Leaving Certificate Examination (including Day School Certificate (Higher) General paper), 1931
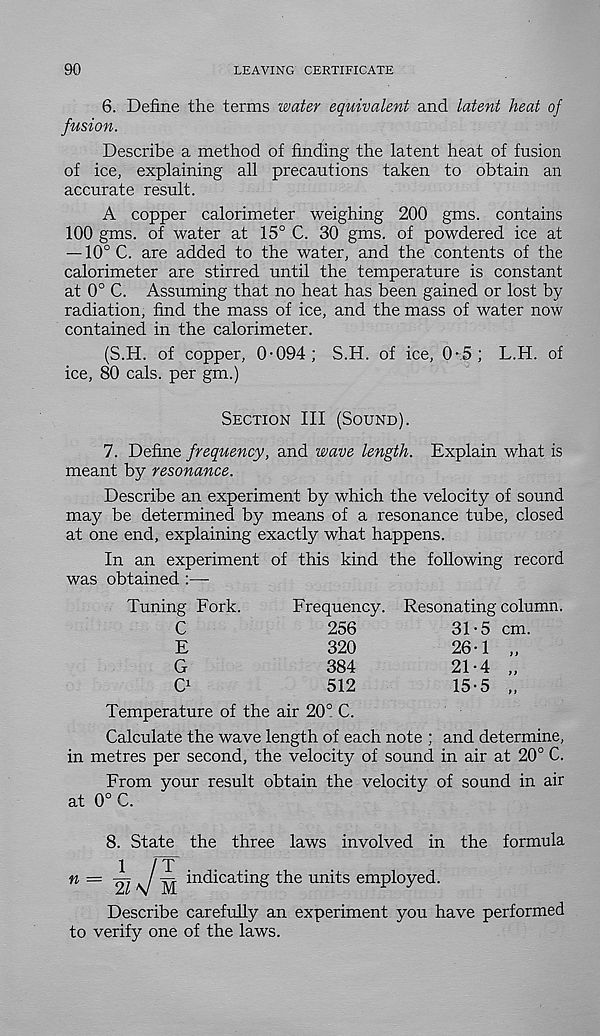
9G
LEAVING CERTIFICATE
6. Define the terms water equivalent and latent heat of
fusion.
Describe a method of finding the latent heat of fusion
of ice, explaining all precautions taken to obtain an
accurate result.
A copper calorimeter weighing 200 gms. contains
100 gms. of water at 15° C. 30 gms. of powdered ice at
— 10°C. are added to the water, and the contents of the
calorimeter are stirred until the temperature is constant
at 0° C. Assuming that no heat has been gained or lost by
radiation, find the mass of ice, and the mass of water now
contained in the calorimeter.
(S.H. of copper, 0-094; S.H. of ice, 0-5; L.H. of
ice, 80 cals, per gm.)
Section III (Sound).
7. Define frequency, and wave length. Explain what is
meant by resonance.
Describe an experiment by which the velocity of sound
may be determined by means of a resonance tube, closed
at one end, explaining exactly what happens.
In an experiment of this kind the following record
was obtained :—
Tuning Fork.
C
E
G
O
Frequency.
256
320
384
512
Resonating column.
31-5 cm.
26-1 „
21-4 „
15-5 „
Temperature of the air 20° C.
Calculate the wave length of each note ; and determine,
in metres per second, the velocity of sound in air at 20° C.
From your result obtain the velocity of sound in air
at 0° C.
8. State the three laws involved in the formula
i
rr
n — 2l \/ m indicatin g tlm units employed.
Describe carefully an experiment you have performed
to verify one of the laws.